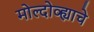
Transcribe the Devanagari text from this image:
मोल्दोव्ह्याचे